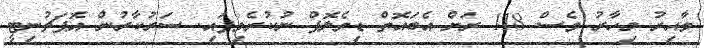
ވާއިރު މިހާރު ވެސް 118 ރަށް އެބައޮތް ޑިވެލޮޕް ނުކުރެވިފައި. ސަރުކާރުން އޮޕަޗުނިޓީ